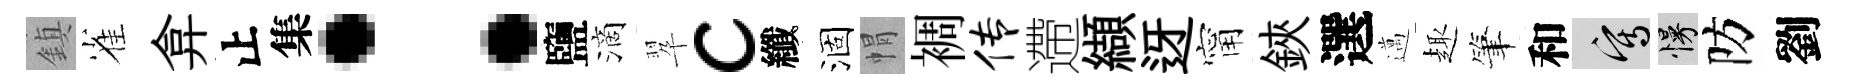
鎮雀弇止集：鹽滴翆c纖涸㡌裯传遰纈迓甯鋏選邁趣筆和寫慢防劉